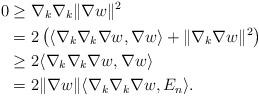
LaTeX: \begin{align*}0 &\geq \nabla_k\nabla_k \|\nabla w\|^2 \\&=2\left(\langle \nabla_k\nabla_k\nabla w,\nabla w\rangle + \|\nabla_k\nabla w\|^2\right)\\&\geq 2\langle \nabla_k\nabla_k\nabla w,\nabla w\rangle \\&=2\|\nabla w\| \langle \nabla_k\nabla_k\nabla w,E_n\rangle.\end{align*}